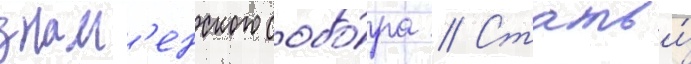
знам'енского собо́ра // Статьи́